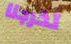
تخرجنا